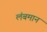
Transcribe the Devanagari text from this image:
लंबमान